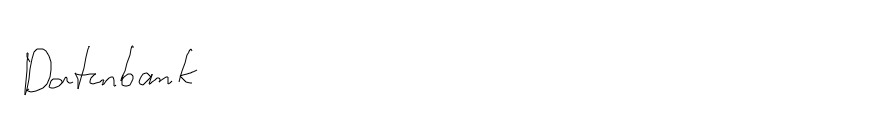
Datenbank